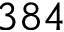
3 8 4